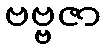
ဗဗ္ဗဇာ